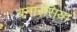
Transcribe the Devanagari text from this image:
बनारसिया